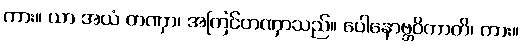
ကား။ ယာ အယံ တဏှာ၊ အကြင်တဏှာသည်။ ပေါနောဗ္ဘဝိကာတိ၊ ကား။